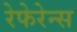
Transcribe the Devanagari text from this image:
रेफेरेन्‍स